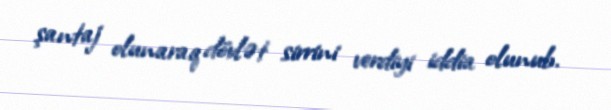
şantaj olunaraq dövlət sirrini verdiyi iddia olunub.